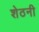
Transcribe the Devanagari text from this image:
शेठनी